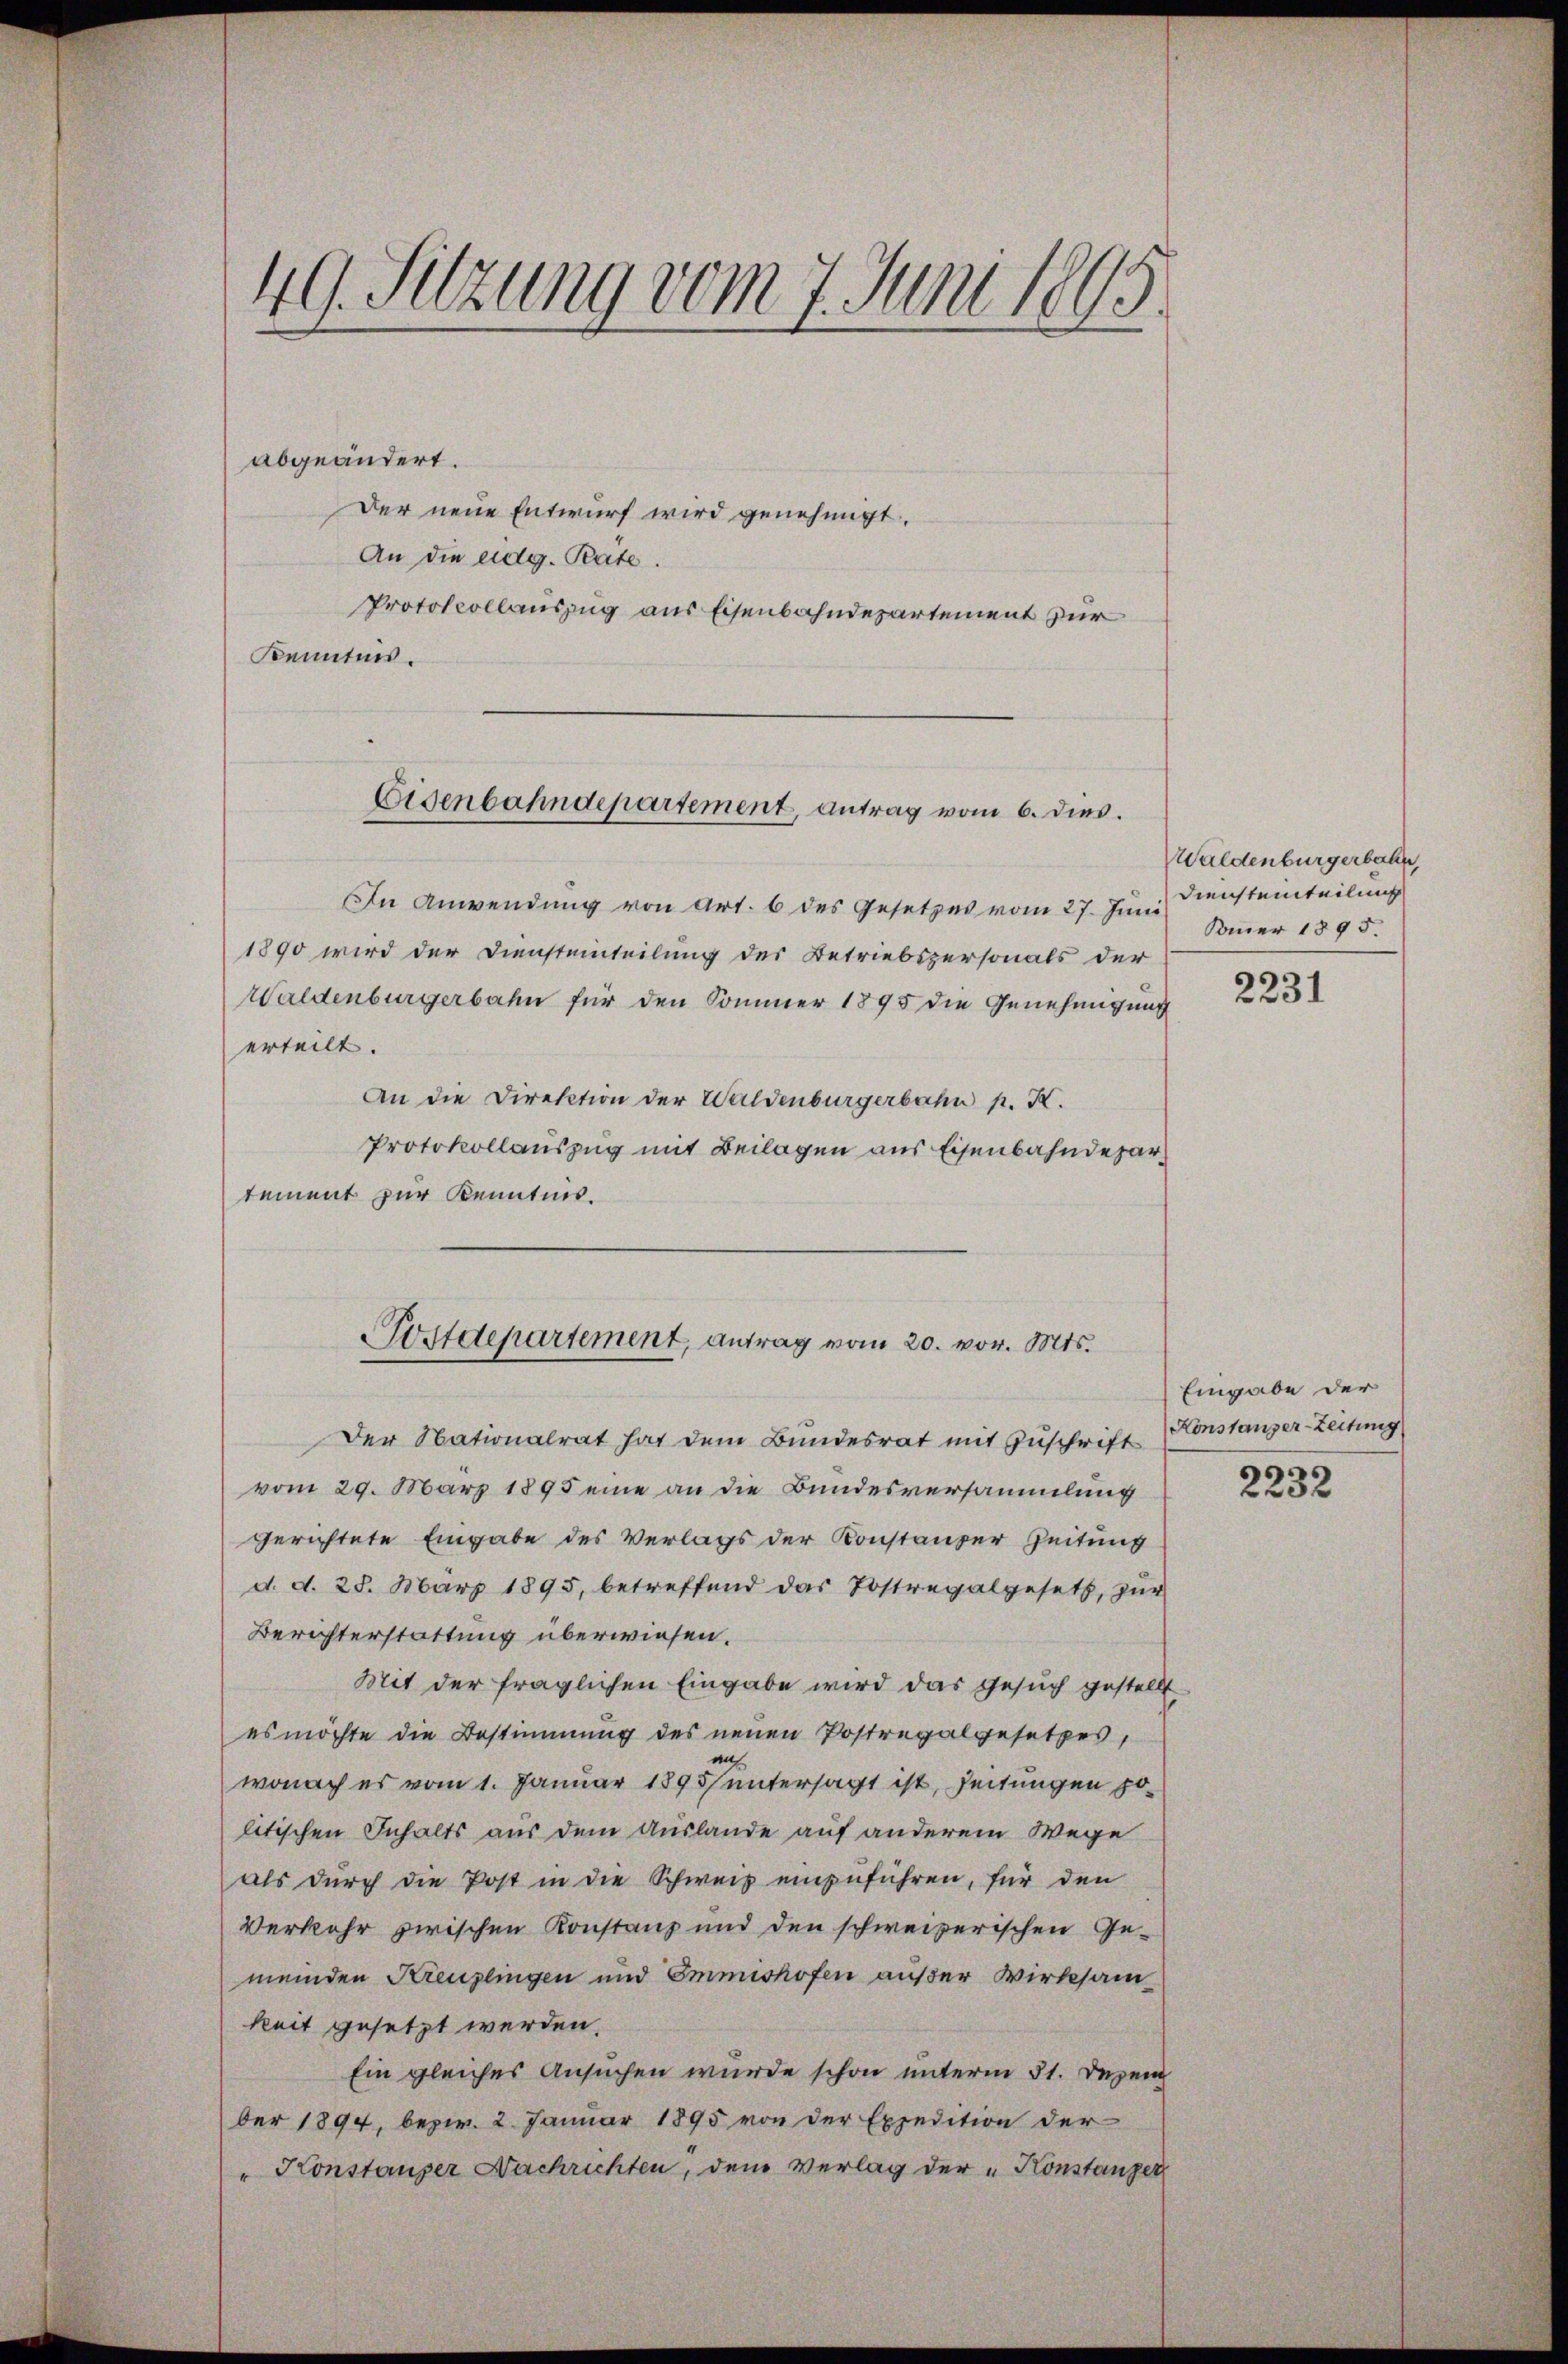
49. Sitzung vom 7. Juni 1895.

abgeändert.
Der neue Entwurf wird genehmigt.
An die eidg. Pate.
Protokollauszug aus Eisenbahndepartement zur
Kenntnis.

Eisenbahndepartement, antrag vom 6. dies.

In Anwendung von Art. 6 des Gesetzes vom 27. Juni
1890 wird der Diensteinteilung des Betriebspersonals der
Waldenburgerbahn für den Sommer 1895 die Genehmigung
erteilt.
An die Direktion der Waldenburgerbahn p. K.
Protokollauszug mit Beilagen aus Eisenbahndepartement zur Kenntnis.
Berichterstattung überwiesen.
Mit der fraglichen Eingabe wird das Gesuch gestellt
es möchte die Bestimmung des neuen Postregalgesetzes,
auf
wonach es vom 1. Januar 1895 untersagt ist, Zeitungen politischen Inhalts aus dem Auslande auf anderem Wege
als durch die Post in die Schweiz einzuführen, für den
Verkehr zwischen Konstanz und den schweizerischen Ge-
meinden Kreuzlingen und Emmishofen außer Wirksam
keit gesetzt werden.
Ein gleiches Ansuchen wurde schon unterm 31. Dezem
ber 1894, bezw. 2. Januar 1895 von der Expedition der
" Konstanzer Nachrichten, dem Verlag der Konstanzer

Postdepartement, antrag vom 20. vor. Mts.

Der Nationalrat hat dem Bundesrat mit Zuschrift
vom 29. März 1895 eine an die Bundesversammlung
gerichtete Eingabe des Verlags der Konstanzer Zeitung
d. d. 28. März 1895 betreffend das Postregalgesetz, zur

Waldenburgerbahn,
Dienstenteilung
Kommer 1895.

2231

Eingabe der
Konstanzer-Zeitung

2232